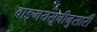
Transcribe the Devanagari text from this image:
वाङ्मयसूचीनुसारी